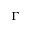
\Gamma